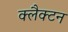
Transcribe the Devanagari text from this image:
क्लैक्टन